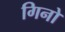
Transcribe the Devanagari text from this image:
गिनो